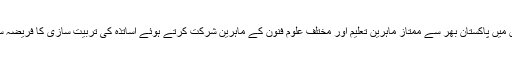
ان ٹریننگ سیشنوں میں پاکستان بھر سے ممتاز ماہرین تعلیم اور مختلف علوم فنون کے ماہرین شرکت کرتے ہوئے اساتذہ کی تربیت سازی کا فریضہ سر انجام دیں گے ۔